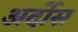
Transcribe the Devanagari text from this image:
अर्दोस